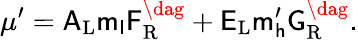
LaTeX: \mu^{\prime}=\sf A_{\mathrm{L}}m_{l}F_{\mathrm{R}}^{\dag}+E_{\mathrm{L}}m_{h}^{\prime}G_{\mathrm{R}}^{\dag}.